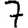
Digit: 7